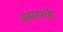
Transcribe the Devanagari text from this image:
अद्यापची